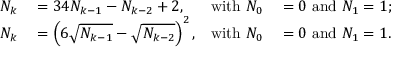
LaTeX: \begin{array} { r l r l } { N _ { k } } & { { } = 3 4 N _ { k - 1 } - N _ { k - 2 } + 2 , } & { { \mathrm { w i t h ~ } } N _ { 0 } } & { { } = 0 { \mathrm { ~ a n d ~ } } N _ { 1 } = 1 ; } \\ { N _ { k } } & { { } = \left( 6 { \sqrt { N _ { k - 1 } } } - { \sqrt { N _ { k - 2 } } } \right) ^ { 2 } , } & { { \mathrm { w i t h ~ } } N _ { 0 } } & { { } = 0 { \mathrm { ~ a n d ~ } } N _ { 1 } = 1 . } \end{array}